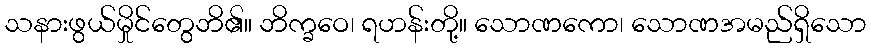
သနားဖွယ်မှိုင်တွေဘိ၏။ ဘိက္ခဝေ၊ ရဟန်းတို့။ သောဏကော၊ သောဏအမည်ရှိသော